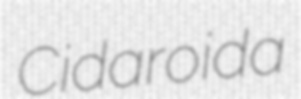
Cidaroida